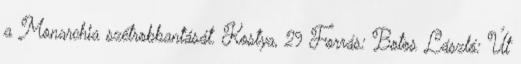
a Monarchia szétrobbantását. Kostya, 29 Forrás: Botos László: Út